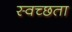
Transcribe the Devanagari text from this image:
स्वच्‍छता